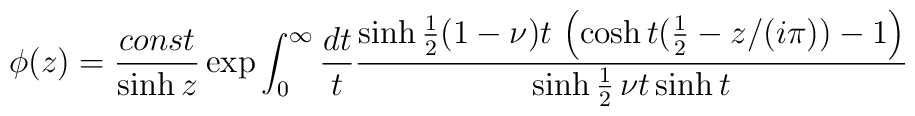
\phi (z)=\frac{const}{\sinh z}\exp \int_{0}^{\infty }\frac{dt}{t}\frac{\sinh \frac{1}{2}(1-\nu )t\,\left( \cosh t(\frac{1}{2}-z/(i\pi ))-1\right) }{\sinh \frac{1}{2}\,\nu t\sinh t}